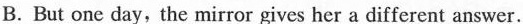
B. But one day, the mirror gives her a different answer.